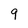
Character: 9